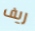
ريف